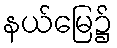
နယ်မြေ၌